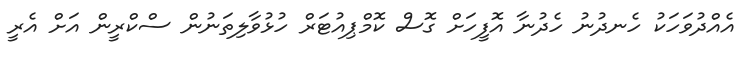
އެއްދުވަހަކު ހެނދުނު ހެދުނާ އޮފީހަށް ގޮސް ކޮމްޕިއުޓަރް ހުޅުވާލިތަނުން ސްކްރީން އަށް އެރީ